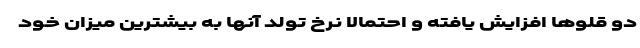
دو قلوها افزایش یافته و احتمالا نرخ تولد آنها به بیشترین میزان خود